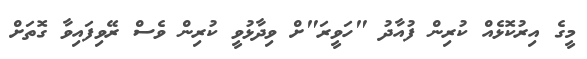
މީގެ އިރުކޮޅެއް ކުރިން ފުއާދު "ހަވީރަ"ށް ވިދާޅުވީ ކުރިން ވެސް ރޭވިފައިވާ ގޮތަށް